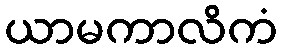
ယာမကာလိကံ